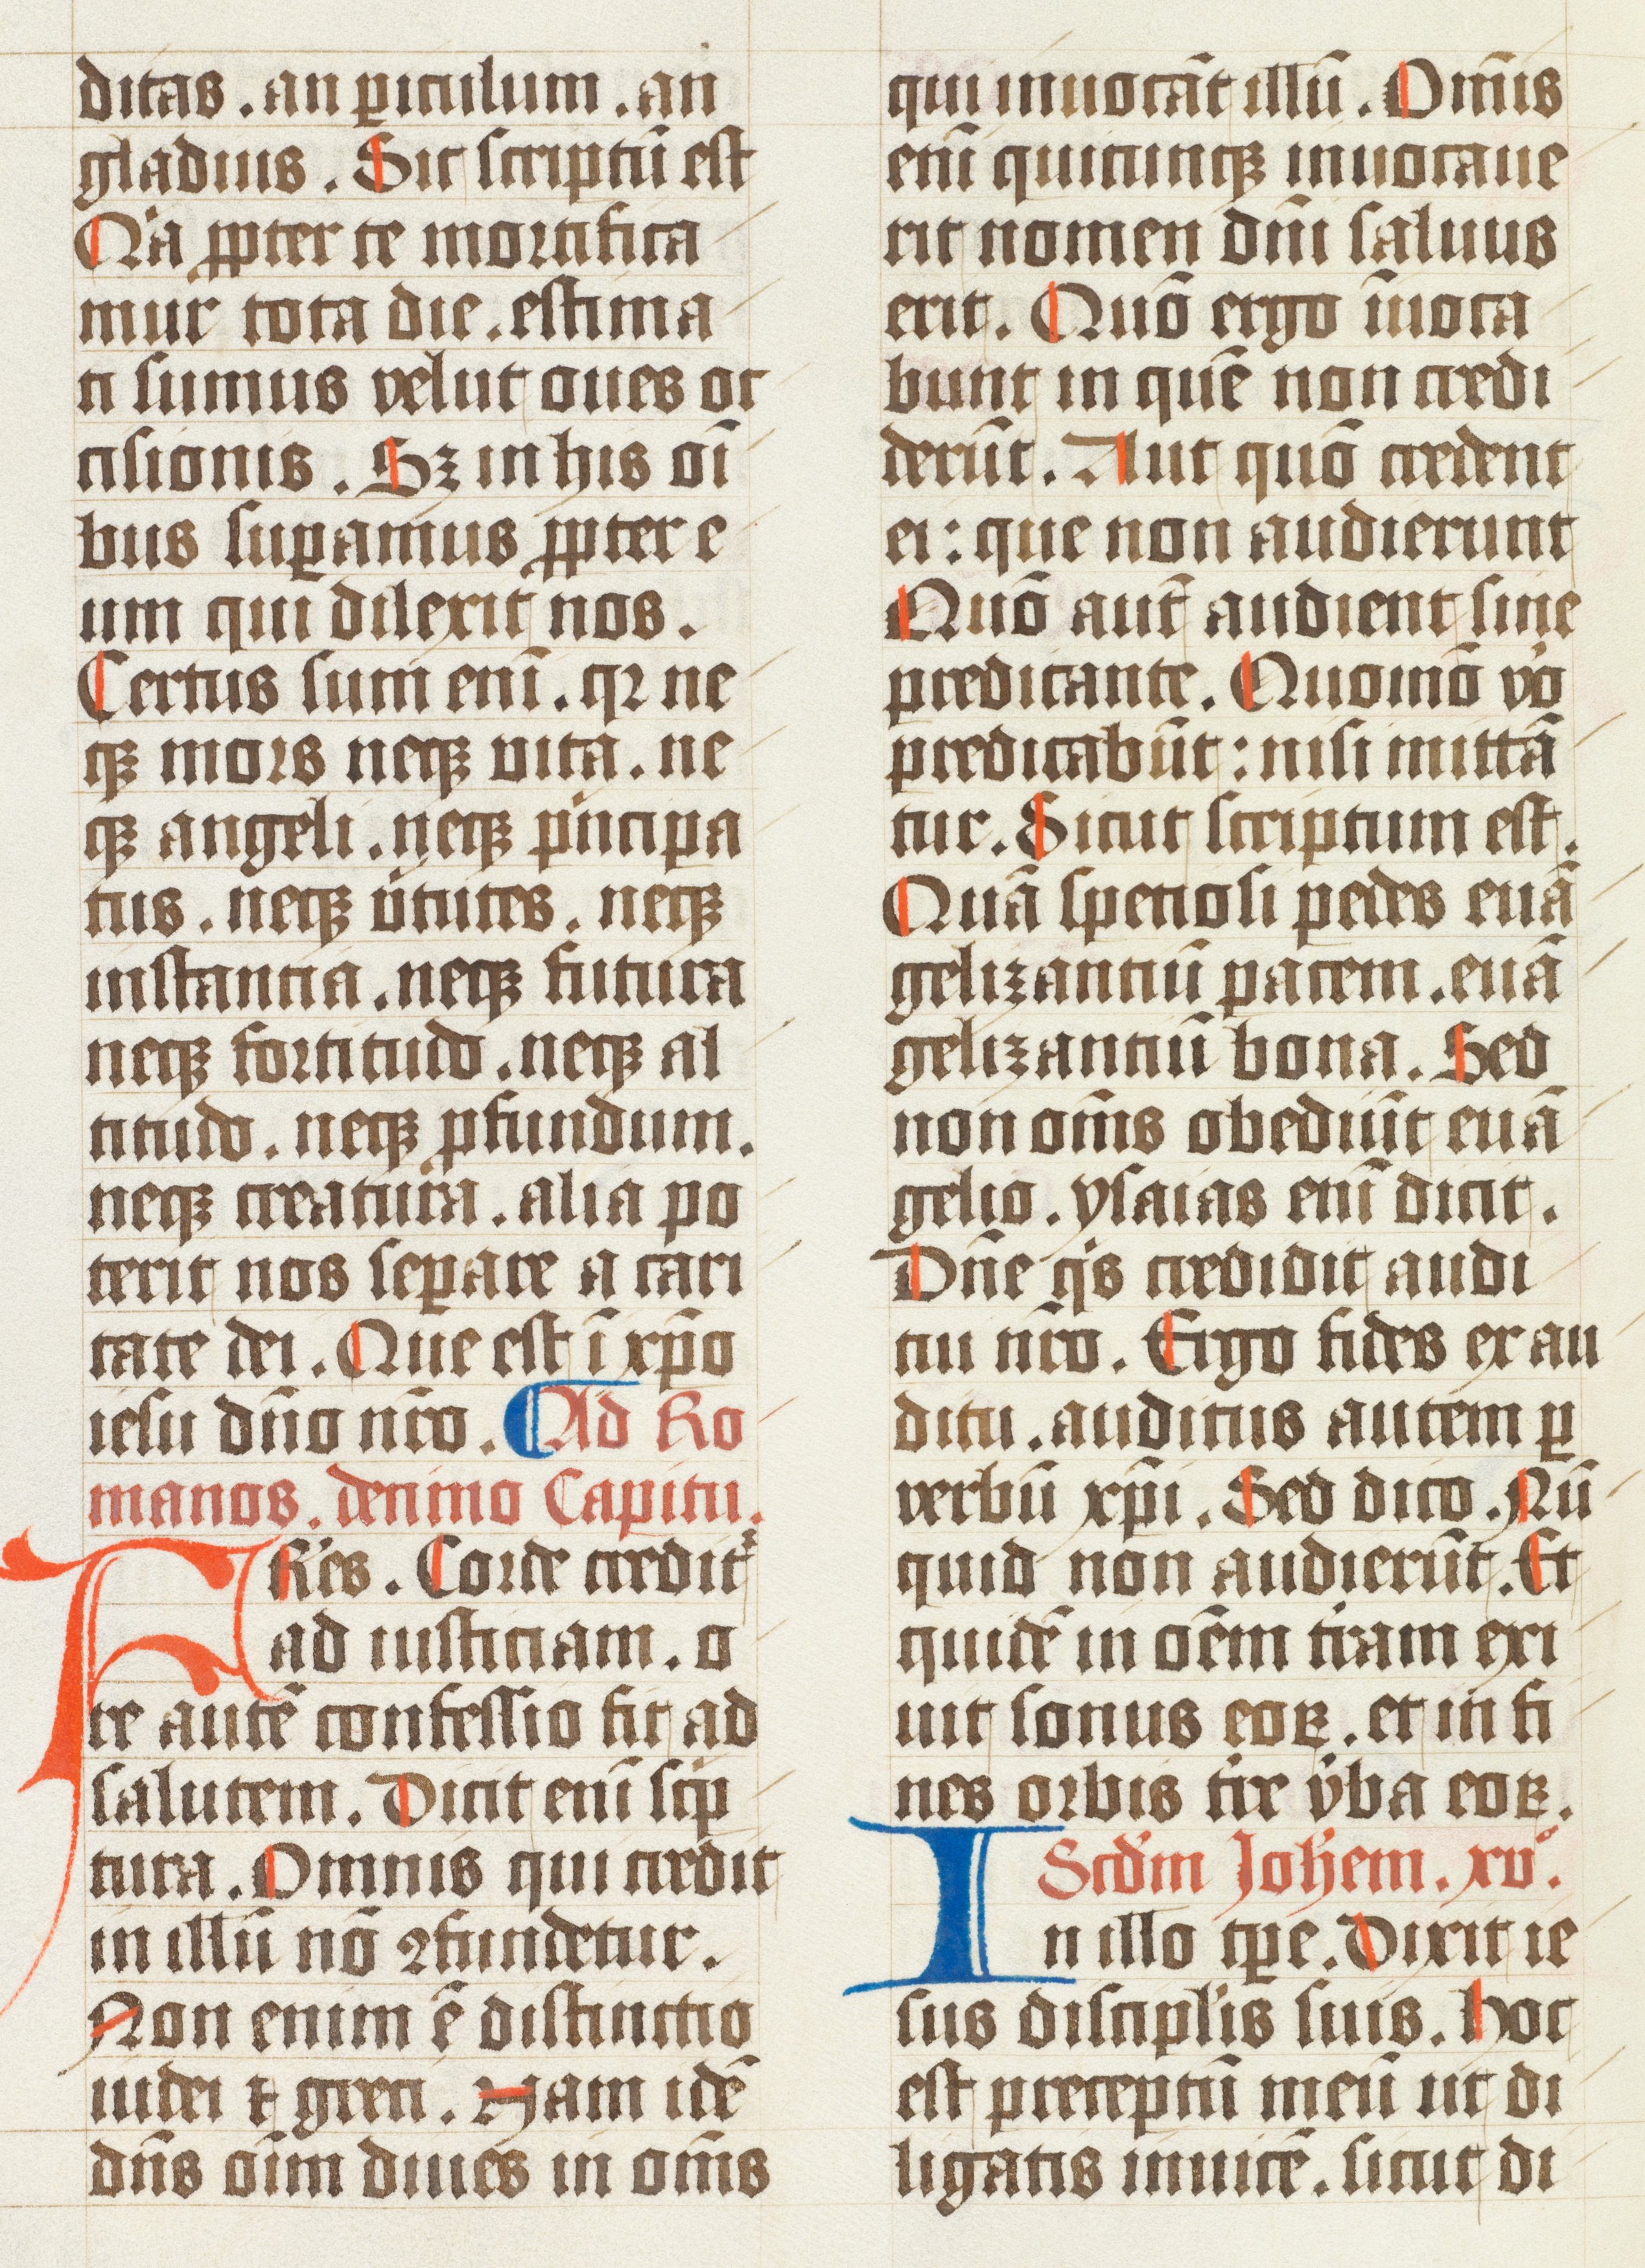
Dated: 1502–1527